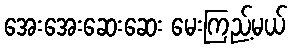
အေးအေးဆေးဆေး မေးကြည့်မယ်